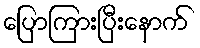
ပြောကြားပြီးနောက်